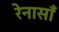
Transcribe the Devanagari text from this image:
रेनासाँ